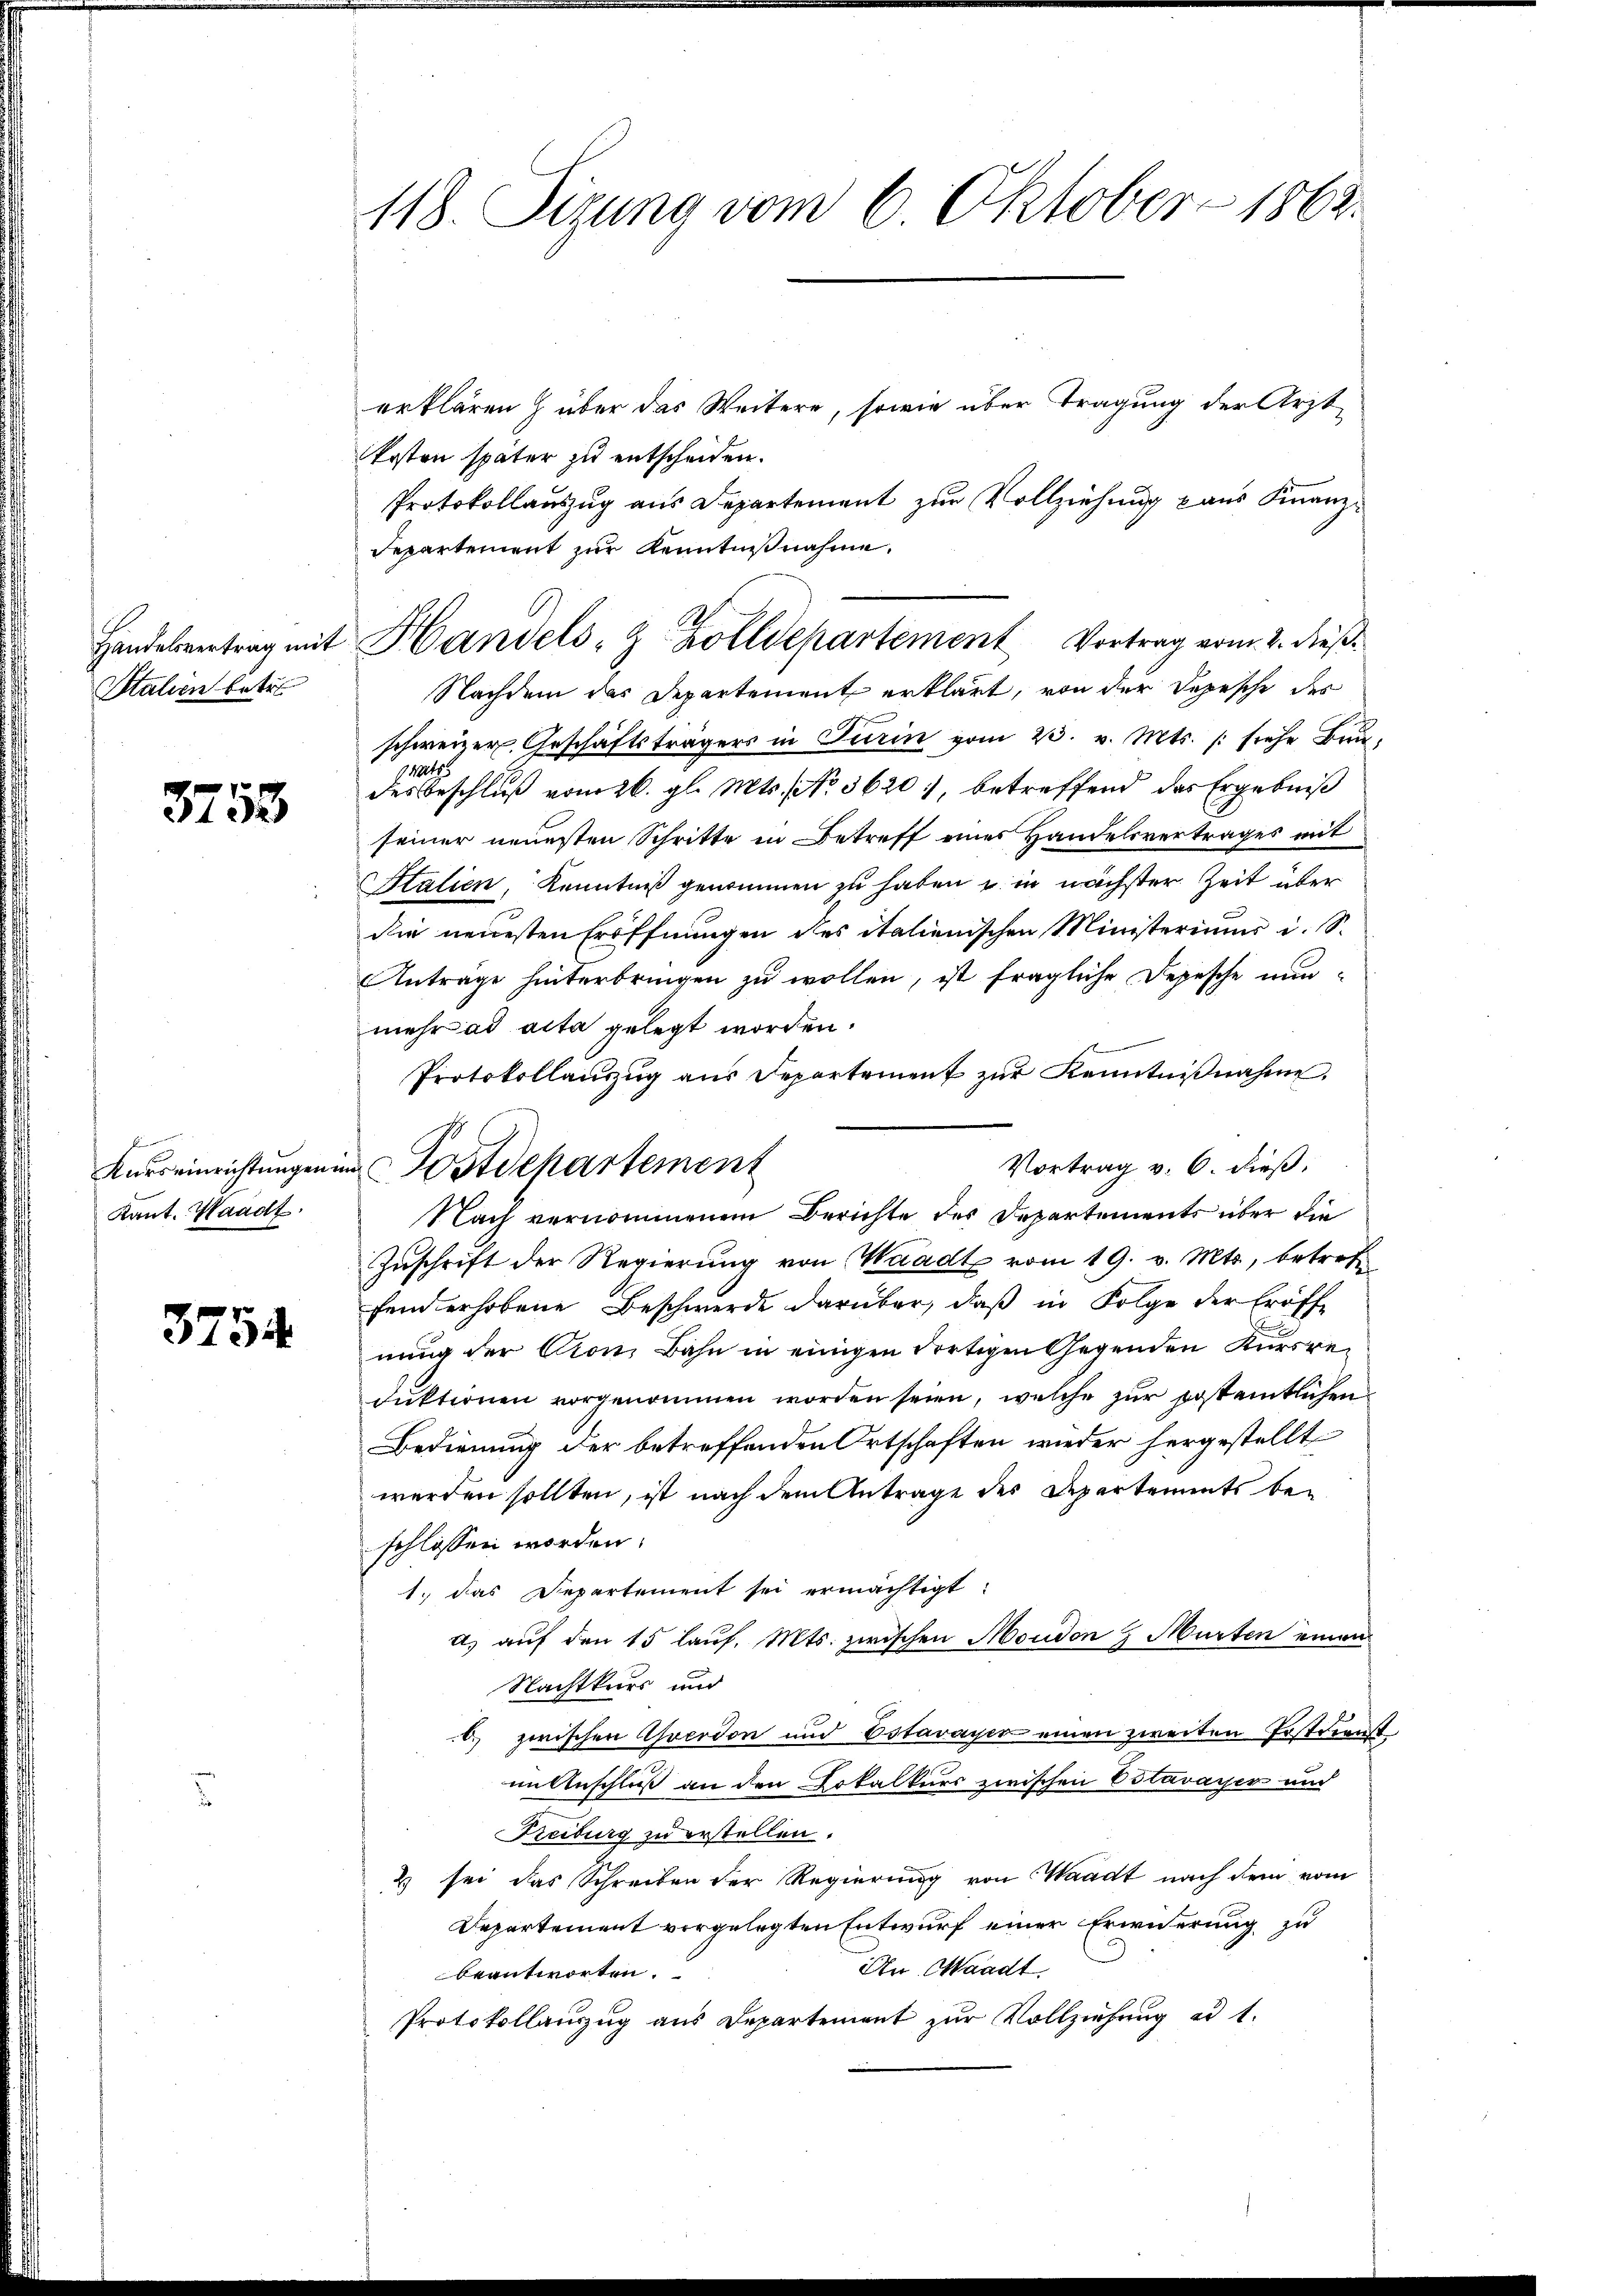
Stalien betr.

3753

f
Kurs einrichtungen in
Kant. Waadt.

3754

118. Sizung vom 6. Oktober 1862.

erklären z über das Weitere, sowie über Tragung der Ärzt
kosten später zu entscheiden.
Protokollauszug aus Departement zur Vollziehung aus Finanz¬
Repartement zur Kenntnißnahme.
Nachdem das Departement erklärt, von der Depesche des
schweizer Geschäftsträgers in Turin vom 23. v. Mts. /: siehe Bruats
des Beschluß vom 26. gl. Mts. No. 3620, betreffend das Ergebniß
seiner neuesten Schritte in Betreff eines Handelsvertrages mit
Italien, Kenntniß genommen zu haben u. in nächster Zeit über
die neuesten Eröffnungen des italienischen Ministeriums i. S.
Anträge hinterbringen zu wollen, ist fragliche Depesche nunmehr ad acta gelegt worden.
Protokollanzŭg aŭs Departement zŭr Kenntniβnahme.
Vortrag v. 6. dieß,
Zuschrift der Regierung von Waadt vom 19. v. Mts., betreffend erhobene Beschwerde darüber, daß in Folge der Eröffe
nung der Cron, Bahn in einigen dortigen Gegenden Kursreduktionen vorgenommen worden seien, welche zur Ersteintlichen
Bedienung der betreffenden Ortschaften wieder hergestellt
werden sollten, ist nach dem Antrage der Departements beschlossen worden.
1. das Departement sei ermächtigt:
a) auf den 15 lauf. Mts. zwischen Moudon & Murten einen
Nachtkurs und
 zwischen Averdon und Estavayer einen zweiten Erstdien
in Anschluß an den Lokalkurs zwischen Estavayer und
Freiburg zu erstellen.
2 sei das Schreiben der Regierung von Waadt nach dem vom
Departement vorgelegten Entwurf einer Erwiderung zu
An Waadt.
beantworten.
Protokollaŭszŭg ans Departement zŭr Vollziehung ad 1.

.
Handelsvertrag mit Handels- & Zolldepartement Vortrag vom 2. dieβ.

in Postdepartement
Nach vernommenen Berichte des Departements über die